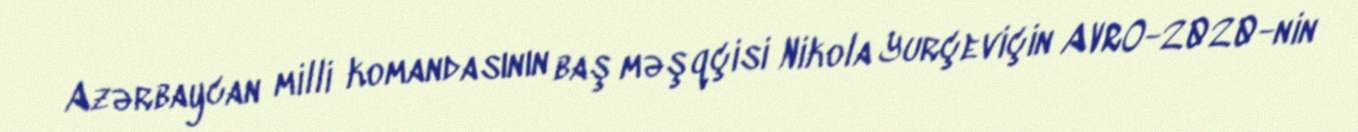
Azərbaycan milli komandasının baş məşqçisi Nikola Yurçeviçin AVRO-2020-nin